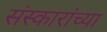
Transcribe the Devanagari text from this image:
संस्कारांच्या